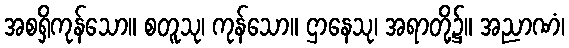
အစရှိကုန်သော။ စတူသု၊ ကုန်သော။ ဌာနေသု၊ အရာတို့၌။ အညာဏံ၊